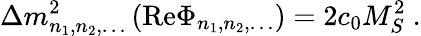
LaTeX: \Delta m_{n_{1},n_{2},\ldots}^{2}\left(\mathrm{Re}\Phi_{n_{1},n_{2},\ldots}\right)=2c_{0}M_{S}^{2}\ .